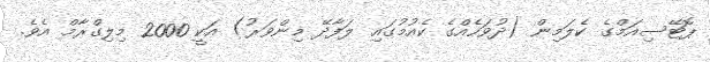
ޕޮޓޭސިއަމްގެ ކެލަމިން (ދުވަހެއްގެ ކެއުމުގައި ލަފާދޭ މިންވަރު) އަކީ 2000 މިލިގްރާމް އެވެ.